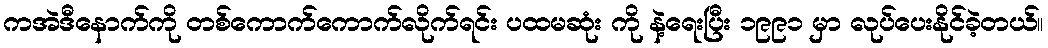
ကအဲဒီနောက်ကို တစ်ကောက်ကောက်လိုက်ရင်း ပထမဆုံး ကို နဲ့ရေးပြီး ၁၉၉၁ မှာ လုပ်ပေးနိုင်ခဲ့တယ်။